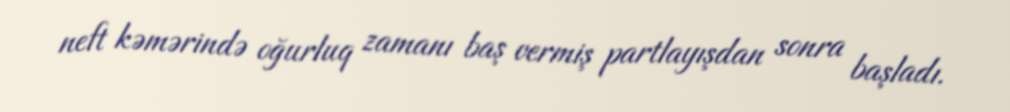
neft kəmərində oğurluq zamanı baş vermiş partlayışdan sonra başladı.